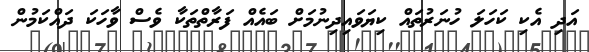
އަދި އެކި ކަހަލަ ހުނަރުތައް ކިޔަވައިދިނުމަށް ބައެއް ފަރާތްތަކާ ވެސް ވާހަކަ ދައްކަމުން